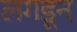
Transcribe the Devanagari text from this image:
लगडून